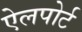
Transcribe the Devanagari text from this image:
ऐलपोर्ट